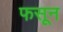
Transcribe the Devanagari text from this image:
फसून